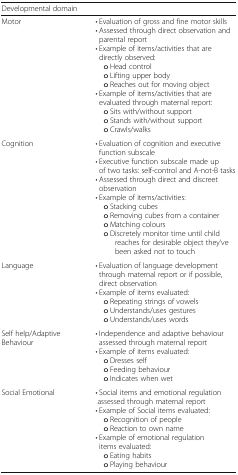
| Developmental domain |  |
 | --- | --- |
 | Motor | • Evaluation of gross and fine motor skills• Assessed through direct observation and parental report• Example of items/activities that are directly observed: o Head control o Lifting upper body o Reaches out for moving object• Example of items/activities that are evaluated through maternal report: o Sits with/without support o Stands with/without support o Crawls/walks |
 | Cognition | • Evaluation of cognition and executive function subscale• Executive function subscale made up of two tasks: self-control and A-not-B tasks• Assessed through direct and discreet observation• Example of items/activities: o Stacking cubes o Removing cubes from a container o Matching colours o Discretely monitor time until child reaches for desirable object they’ve been asked not to touch |
 | Language | • Evaluation of language development through maternal report or if possible, direct observation• Example of items evaluated: o Repeating strings of vowels o Understands/uses gestures o Understands/uses words |
 | Self help/Adaptive Behaviour | • Independence and adaptive behaviour assessed through maternal report• Example of items evaluated: o Dresses self o Feeding behaviour o Indicates when wet |
 | Social Emotional | • Social items and emotional regulation assessed through maternal report• Example of Social items evaluated: o Recognition of people o Reaction to own name• Example of emotional regulation items evaluated: o Eating habits o Playing behaviour |